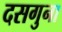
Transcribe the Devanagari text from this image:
दसगुना